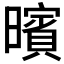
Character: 𣋪